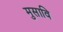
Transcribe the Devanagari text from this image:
मुसावि